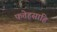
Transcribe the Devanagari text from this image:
फतेहसाहि